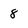
Character: 8